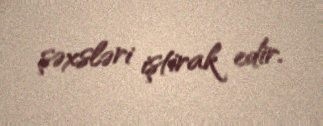
şəxsləri iştirak edir.